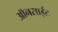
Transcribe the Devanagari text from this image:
ऑनसाईट